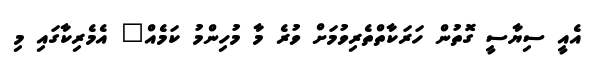
އެއީ ސިޔާސީ ގޮތުން ހަރަކާތްތެރިވުމަށް ވުރެ މާ މުހިންމު ކަމެއް" އެމެރިކާގައި މި